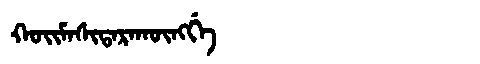
Manchu: ᡴᠣᡳᠮᠠᠰᡳᡨᠠᡵᠠᡴᡡᠩᡤᡝ
Romanization: KOIMASITARAKŪNGGE